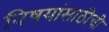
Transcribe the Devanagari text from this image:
विषयांसाठीची